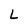
Character: L